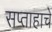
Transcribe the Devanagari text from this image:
सप्ताहाचे